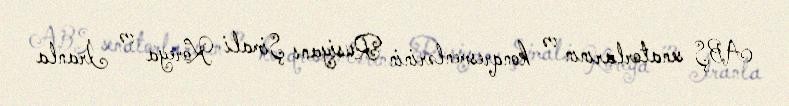
ABŞ senatorlarının və konqresmenlərinin Rusiyanı Şimali Koreya və İranla